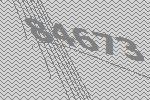
84673